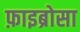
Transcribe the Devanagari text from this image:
फ़ाइब्रोसा